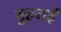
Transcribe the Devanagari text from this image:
बुहराई